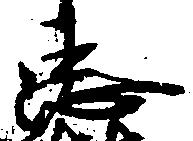
忠